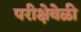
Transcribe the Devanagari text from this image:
परीक्षेवेळी